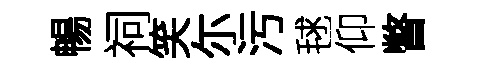
暢祠笑尓污毬仰瞥